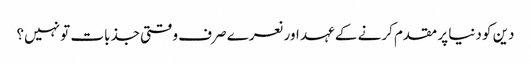
دین کو دنیا پر مقدم کرنے کے عہد اور نعرے صرف وقتی جذبات تو نہیں؟